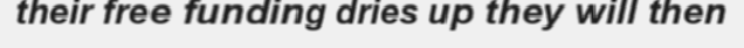
their free funding dries up they will then